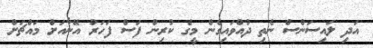
އަދި ލައިސަންސް ނެތި ދުއްވައިގެން މީގެ ކުރިން ފަސް ފަހަރު އޭނާއަށް މައްޗަށް